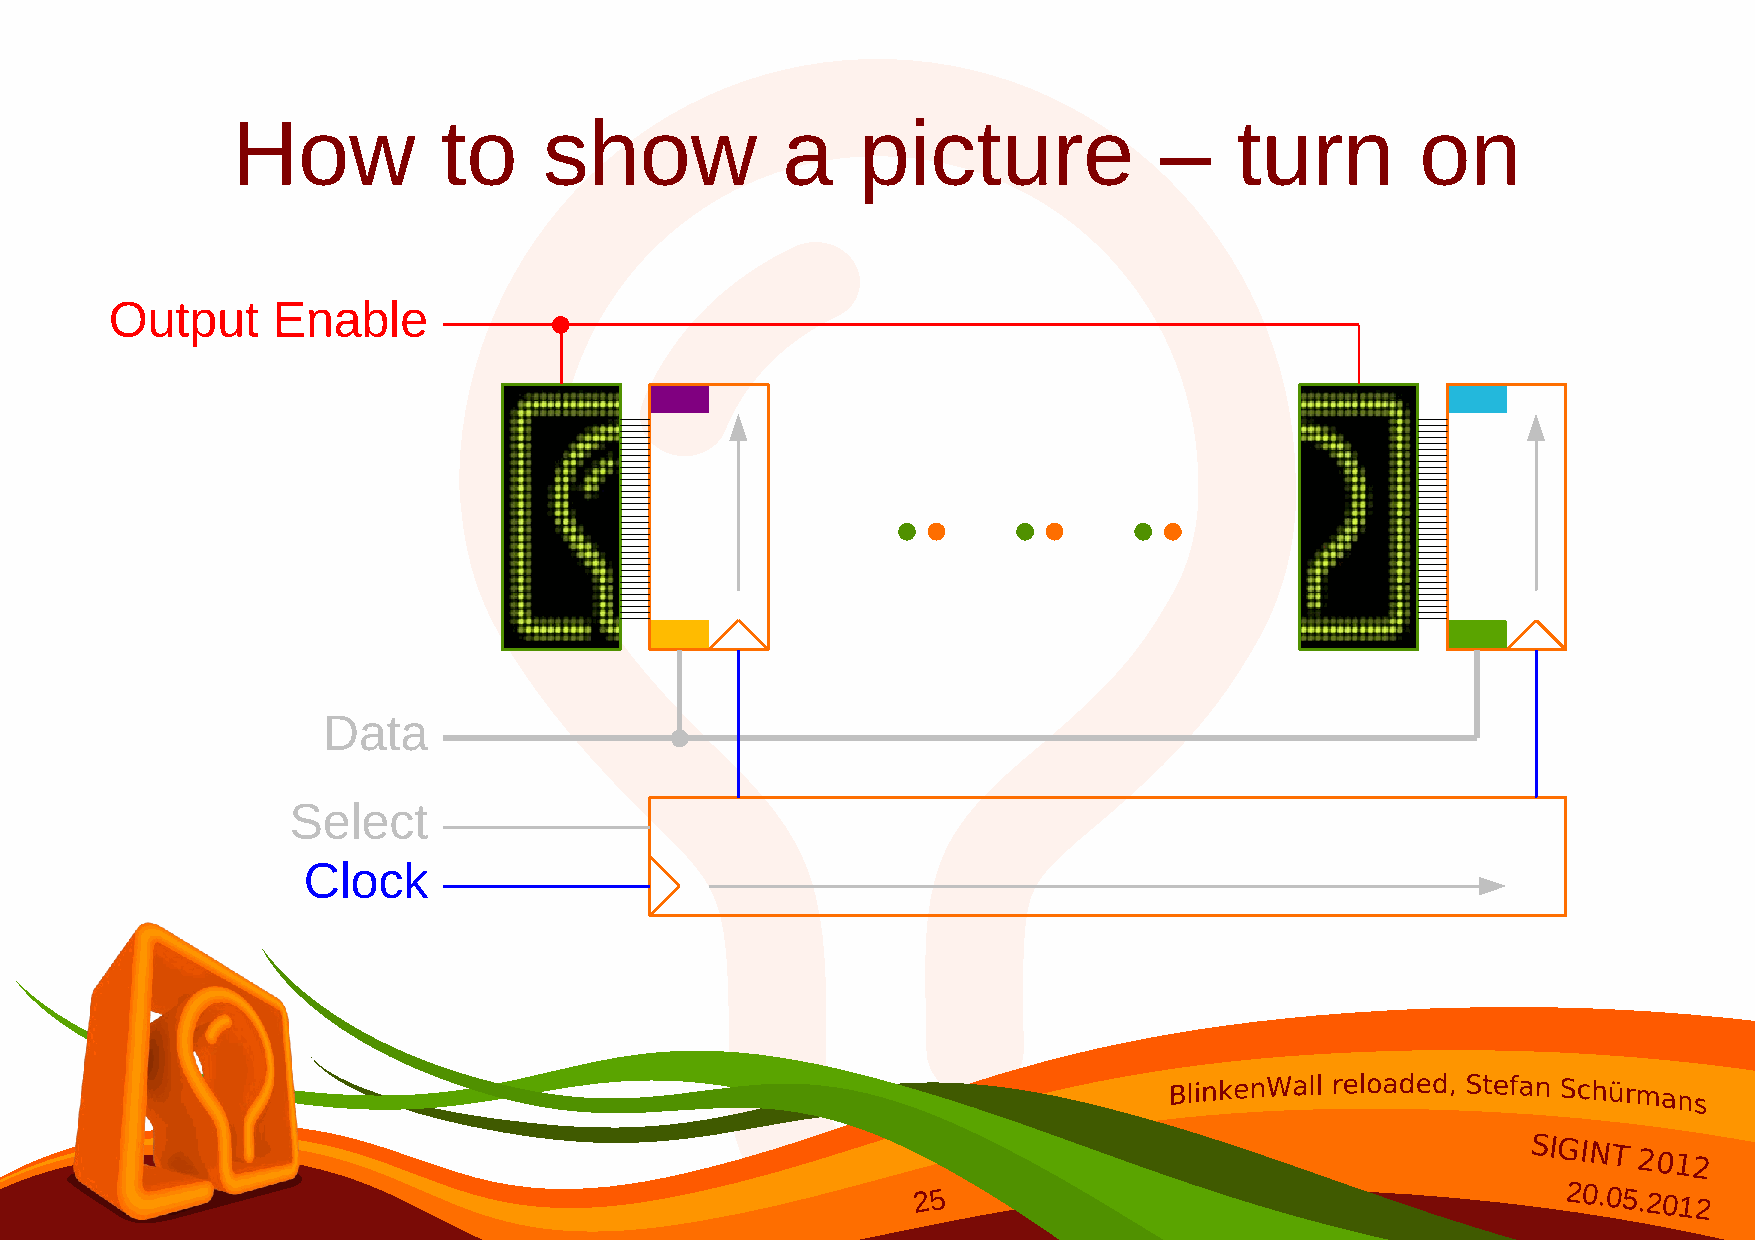
How           to     show            a    picture             –    turn        on
 Output     Enable
 Data
 Select
 Clock
 SIGINT
 2012
 25                                        20.05.2012